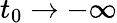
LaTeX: t_{0}\rightarrow-\infty